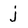
Character: j